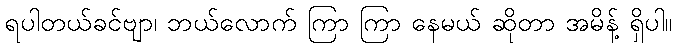
ရပါတယ်ခင်ဗျာ၊ ဘယ်လောက် ကြာ ကြာ နေမယ် ဆိုတာ အမိန့် ရှိပါ။